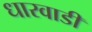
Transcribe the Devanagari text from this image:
धारवाडी